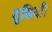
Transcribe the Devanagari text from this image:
युक्तियाँ।